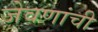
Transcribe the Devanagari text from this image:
जेवणांची